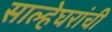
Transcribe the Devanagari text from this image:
साल्हेघरांची